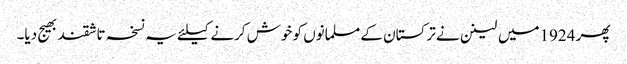
پھر 1924میں لینن نے ترکستان کے مسلمانوں کو خوش کرنے کیلئے یہ نسخہ تاشقند بھیج دیا۔